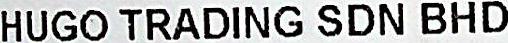
HUGO TRADING SDN BHD